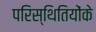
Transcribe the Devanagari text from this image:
परिस्थितियोंके